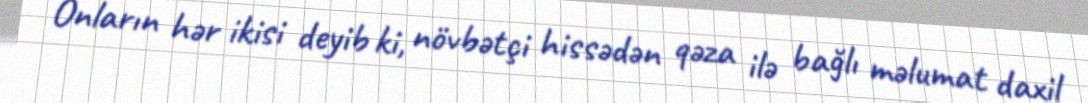
Onların hər ikisi deyib ki, növbətçi hissədən qəza ilə bağlı məlumat daxil